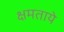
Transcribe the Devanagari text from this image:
क्षमताये